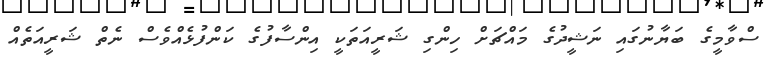
ސްވާމީގެ ބަޔާނުގައި ނަޝީދުގެ މައްޗަށް ހިންގި ޝަރީއަތަކީ އިންސާފުގެ ކަންފުޅެއްވެސް ނެތް ޝަރީއަތެއް